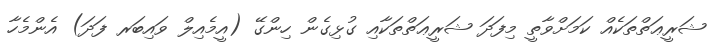
ޝަރީޢަތްތަކެއް ކަމަށްވާތީ މިފަދަ ޝަރީޢަތްތަކާއި ގުޅިގެން ހިންގޭ (އީމެއިލް ވައިބަރ ފަދަ) އެންމެހާ